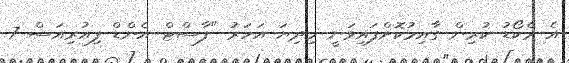
އެ ރެކޯޑު ކުރިން ގާއިމުކޮށްފައިވަނީ މިދިޔަ އަހަރު "ފާސްޓް އެންޑް ފިއުރިއަސް 7